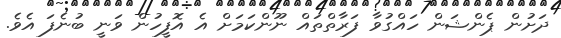
ދަށުން ޕެންޝަން ހައްގުވާ ފަރާތްތައް ނޫންކަމަށް އެ އޮފީހުން ވަނީ ބުނެފަ އެވެ.